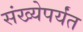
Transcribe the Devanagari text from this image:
संख्येपर्यंत